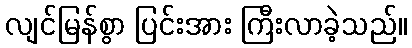
လျင်မြန်စွာ ပြင်းအား ကြီးလာခဲ့သည်။